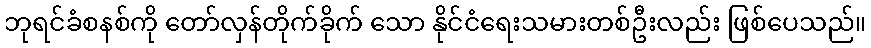
ဘုရင်ခံစနစ်ကို တော်လှန်တိုက်ခိုက် သော နိုင်ငံရေးသမားတစ်ဦးလည်း ဖြစ်ပေသည်။